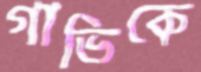
গাভিকে